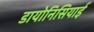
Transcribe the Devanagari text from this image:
डायोनिसियाई